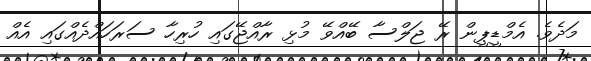
މަދެވެ. އެމްޑީޕީން ރޭ ޖަލްސާ ބޭއްވޭ މުޅި ރާއްޖޭގައި ހުރިހާ ސަރަހައްދެއްގައި އެއް